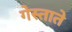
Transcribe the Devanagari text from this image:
गेस्ताते